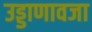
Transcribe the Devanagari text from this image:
उड्डाणावजा